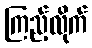
ကြည့်လိုက်